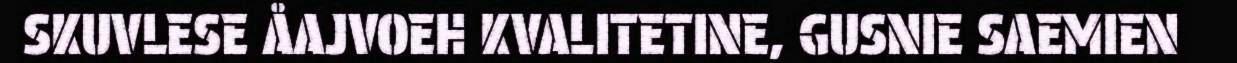
SKUVLESE ÅAJVOEH KVALITETINE, GUSNIE SAEMIEN